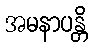
အမနာပန္တိ